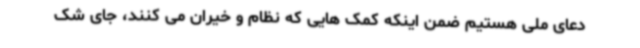
دعای ملی هستیم ضمن اینکه کمک هایی که نظام و خیران می کنند، جای شک